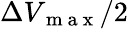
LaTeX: \Delta V_{\mathrm{~m~a~x~}}/2